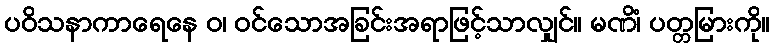
ပဝိသနာကာရေနေ ဝ၊ ဝင်သောအခြင်းအရာဖြင့်သာလျှင်။ မဏိံ၊ ပတ္တမြားကို။